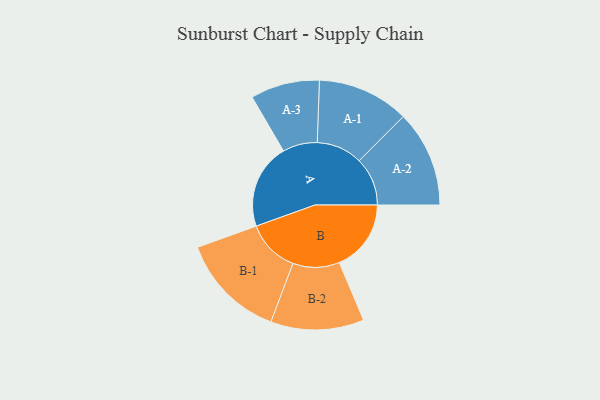
{"axis": {"x": "Segment", "y": "Value"}, "legend": ["", "A", "B"], "data": [{"x": "A", "y": 480, "type": ""}, {"x": "B", "y": 405, "type": ""}, {"x": "A-1", "y": 259, "type": "A"}, {"x": "A-2", "y": 272, "type": "A"}, {"x": "A-3", "y": 195, "type": "A"}, {"x": "B-1", "y": 299, "type": "B"}, {"x": "B-2", "y": 263, "type": "B"}]}